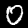
Digit: 0